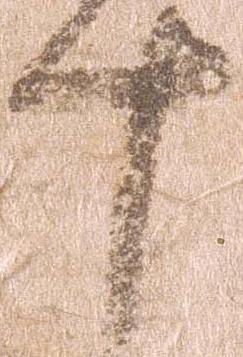
十